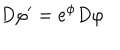
D \varphi ^ { \prime } = e ^ { \phi } D \varphi